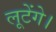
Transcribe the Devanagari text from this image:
लूटेंगे।